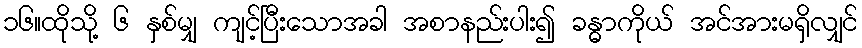
၁၆။ထိုသို့ ၆ နှစ်မျှ ကျင့်ပြီးသောအခါ အစာနည်းပါး၍ ခန္ဓာကိုယ် အင်အားမရှိလျှင်